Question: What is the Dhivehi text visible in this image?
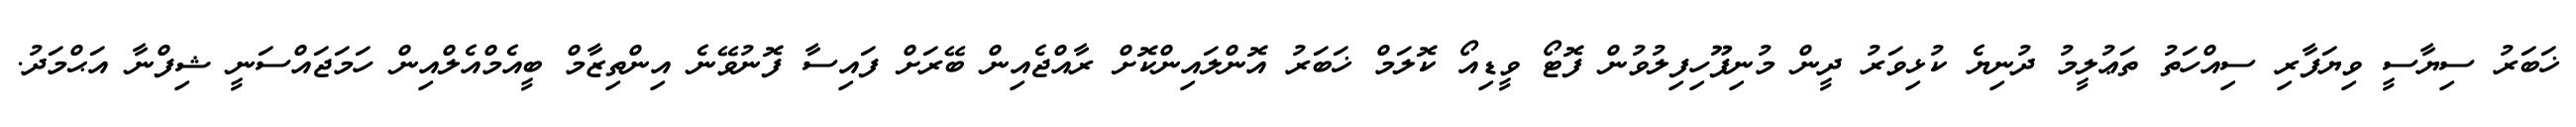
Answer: ޚަބަރު ސިޔާސީ ވިޔަފާރި ސިއްހަތު ތަޢުލީމު ދުނިޔެ ކުޅިވަރު ދީން މުނިފޫހިފިލުވުން ފޮޓޯ ވީޑިއޯ ކޮލަމް ޚަބަރު އޮންލައިންކޮށް ރާއްޖެއިން ބޭރަށް ފައިސާ ފޮނުވޭނެ އިންތިޒާމް ބީއެމްއެލްއިން ހަމަޖައްސަނީ ޝިފްނާ އަޙްމަދު.